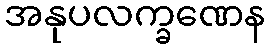
အနုပလက္ခဏေန